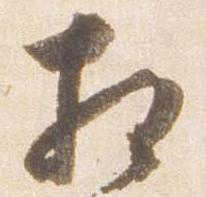
相